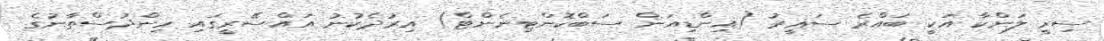
ސިރީ ލަންކާ އަކީ ބައްރެ ސަޣީރު (އިންޑިއަން ސަބްކޮންޓިނެންޓް) އިރުދެކުނު އައްސޭރީގައި ހިންދުސްތާނުގެ